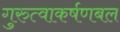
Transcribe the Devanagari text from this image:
गुरुत्वाकर्षणबल